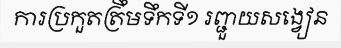
ការប្រកួតត្រឹមទឹកទី១ រញ្ជួយសង្វៀន